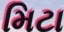
મિટા